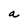
Character: a